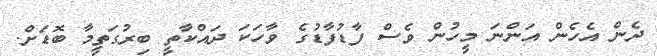
ދެން އެހެން އަންނަ މީހުން ވެސް ފާޑުފާޑުގެ ވާހަކަ ދައްކާތީ ބިރުގަތީމާ ބޮޑަށް.